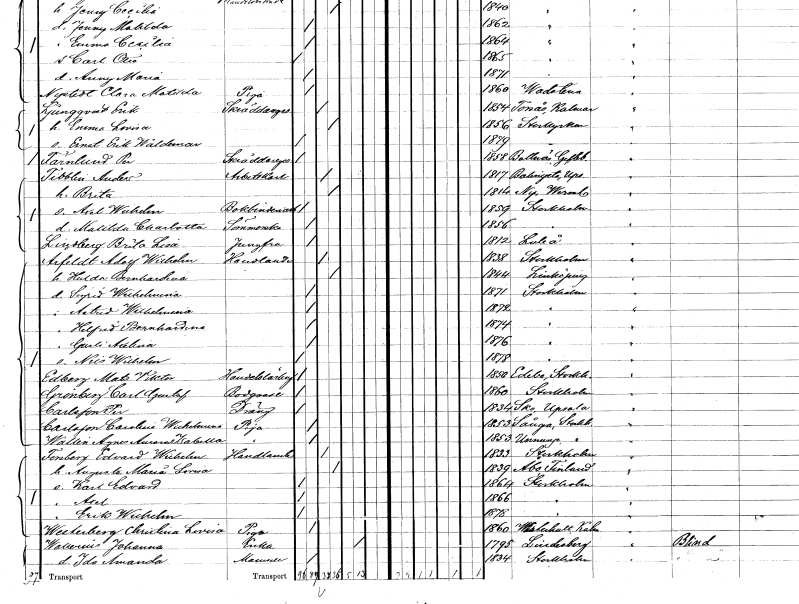
gt_parse: households: individuals: FN: Anders
EN: Tibblin
YRKE: Arbetskarl
KON: M
CIV: G
FODAR: 1817
FODFORS: Balingsta Uppsala län
FN: Brita
KON: K
CIV: G
FODAR: 1814
FODFORS: Ny Värmlands län
FN: Axel Wilhelm
YRKE: Bokbinderiarbetare
KON: M
CIV: O
FODAR: 1859
FODFORS: Stockholm
FN: Matilda Charlotta
YRKE: Sömmerska
KON: K
CIV: O
FODAR: 1856
FODFORS: Stockholm
FN: Brita Lisa
EN: Lindberg
YRKE: Jungfru
KON: K
CIV: O
FODAR: 1812
FODFORS: Luleå Norrbottens län
FN: Adolf Wilhelm
EN: Arfeldt
YRKE: Handlande
KON: M
CIV: G
FODAR: 1838
FODFORS: Stockholm
FN: Hulda Bernhardina
KON: K
CIV: G
FODAR: 1844
FODFORS: Linköping Östergötlands län
FN: Sigrid Wilhelmina
KON: K
CIV: O
FODAR: 1871
FODFORS: Stockholm
FN: Astrid Wilhelmina
KON: K
CIV: O
FODAR: 1872
FODFORS: Stockholm
FN: Helfrid Bernhardina
KON: K
CIV: O
FODAR: 1874
FODFORS: Stockholm
FN: Gurli Axelina
KON: K
CIV: O
FODAR: 1876
FODFORS: Stockholm
FN: Nils Wilhelm
KON: M
CIV: O
FODAR: 1878
FODFORS: Stockholm
FN: Mats Viktor
EN: Edberg
YRKE: Handelslärling
KON: M
CIV: O
FODAR: 1850
FODFORS: Edebo Stockholms län
FN: Carl Gustaf
EN: Grönberg
YRKE: Bodgosse
KON: M
CIV: O
FODAR: 1860
FODFORS: Stockholm
FN: Per
EN: Carlsson
YRKE: Dräng
KON: M
CIV: O
FODAR: 1834
FODFORS: Sko Uppsala län
FN: Carolina Wilhelmina
EN: Carlsson
YRKE: Piga
KON: K
CIV: O
FODAR: 1853
FODFORS: Sånga Stockholms län
FN: Agnes Amanda Isabella
EN: Wallin
YRKE: Piga
KON: K
CIV: O
FODAR: 1853
FODFORS: Ununge Stockholms län
FN: Edvard Wilhelm
EN: Forsberg
YRKE: Handlande
KON: M
CIV: G
FODAR: 1833
FODFORS: Stockholm
FN: Augusta Maria Lovisa
KON: K
CIV: G
FODAR: 1839
FN: Karl Edvard
KON: M
CIV: O
FODAR: 1864
FODFORS: Stockholm
FN: Axel
KON: M
CIV: O
FODAR: 1866
FODFORS: Stockholm
FN: Erik Wilhelm
KON: M
CIV: O
FODAR: 1878
FODFORS: Stockholm
FN: Christina Lovisa
EN: Westerberg
YRKE: Piga
KON: K
CIV: O
FODAR: 1860
FODFORS: Misterhult Kalmar län
FN: Johanna
EN: Wallerius
YRKE: Änka
KON: K
CIV: E
FODAR: 1795
FODFORS: Lindesberg Örebro län
FN: Ida Amanda
KON: K
CIV: O
FODAR: 1834
FODFORS: Stockholm